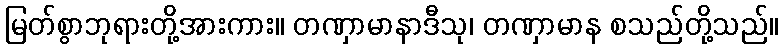
မြတ်စွာဘုရားတို့အားကား။ တဏှာမာနာဒီသု၊ တဏှာမာန စသည်တို့သည်။